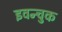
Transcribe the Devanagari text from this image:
इवन्चुक